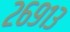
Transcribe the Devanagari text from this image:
२६९१३